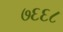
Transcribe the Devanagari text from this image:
७६६८